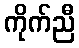
ကိုက်ညီ